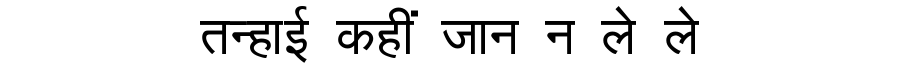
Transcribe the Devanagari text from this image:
तन्हाई कहीं जान न ले ले